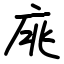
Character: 庣